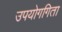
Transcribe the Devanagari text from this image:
उपयोगगिता